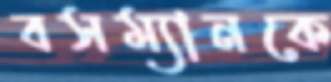
বসম্যানকে